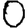
Digit: 0